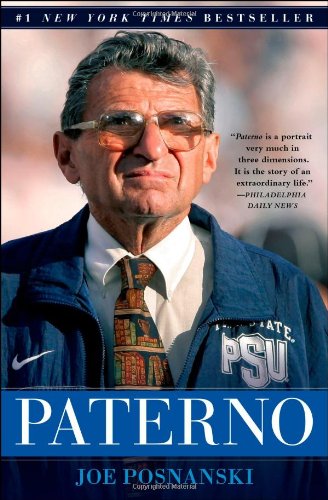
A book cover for Paterno; Joe Posnanski; Biographies & Memoirs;